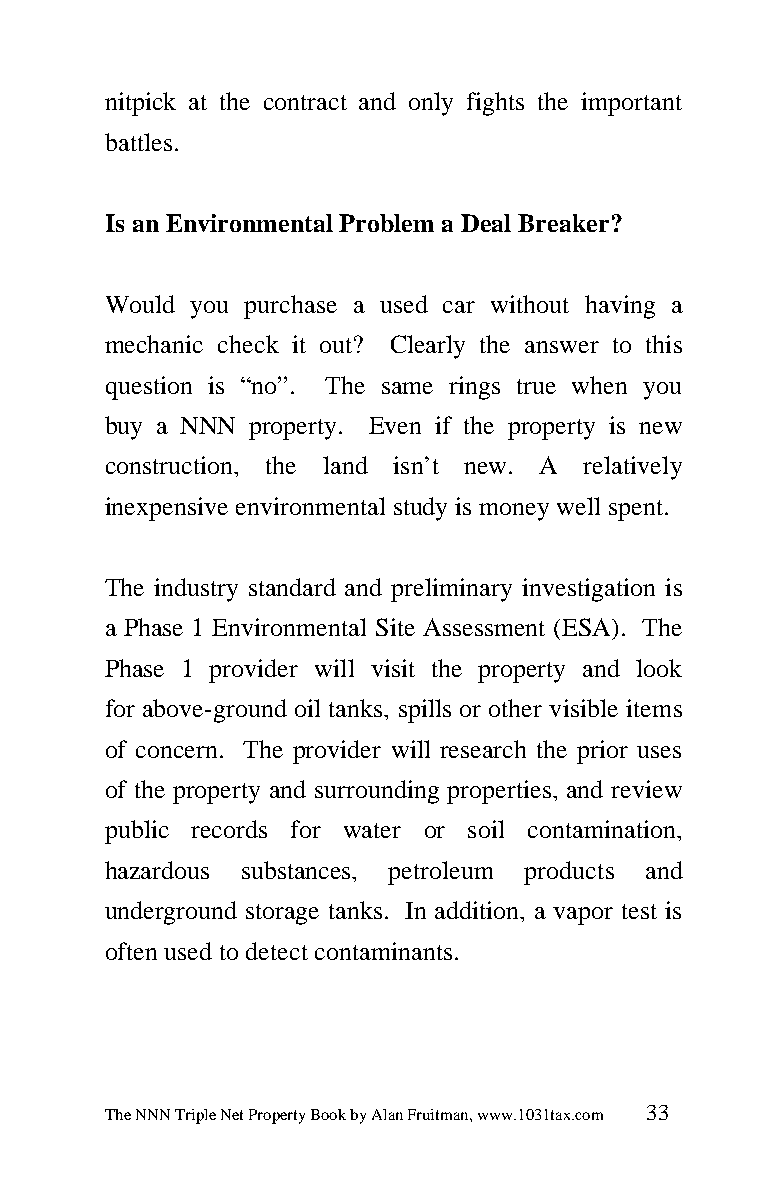
nitpick at the contract and only fights the important
 battles.
 Is an Environmental Problem a Deal Breaker?
 Would you purchase a used car without having a
 mechanic check it out? Clearly the answer to this
 question is “no”. The same rings true when you
 buy a NNN property. Even if the property is new
 construction, the land isn’t new. A relatively
 inexpensive environmental study is money well spent.
 The industry standard and preliminary investigation is
 a Phase 1 Environmental Site Assessment (ESA). The
 Phase 1 provider will visit the property and look
 for above-ground oil tanks, spills or other visible items
 of concern. The provider will research the prior uses
 of the property and surrounding properties, and review
 public records for water or soil contamination,
 hazardous substances, petroleum products and
 underground storage tanks. In addition, a vapor test is
 often used to detect contaminants.
 The NNN Triple Net Property Book by Alan Fruitman, www.1031tax.com 33